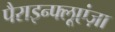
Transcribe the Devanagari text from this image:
पैराइन्फ्लूएंज़ा